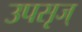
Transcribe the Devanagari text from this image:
उपसृज्